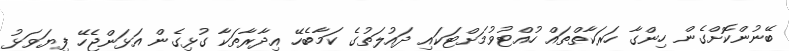
ބޭނުންކޮށްގެން ހިންގާ ހަރަކާތްތައް ހުއްޓުވުމަށްޓަކައި ދައުލަތުގެ ކަމާބެހޭ އިދާރާތަކާ ގުޅިގެން އަޅަންޖެހޭ ފިޔަވަޅު